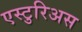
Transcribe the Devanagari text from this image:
एस्टुरिअस